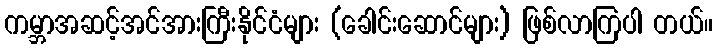
ကမ္ဘာအဆင့်အင်အားကြီးနိုင်ငံများ (ခေါင်းဆောင်များ) ဖြစ်လာကြပါ တယ်။